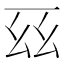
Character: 𫠩